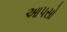
આપસો